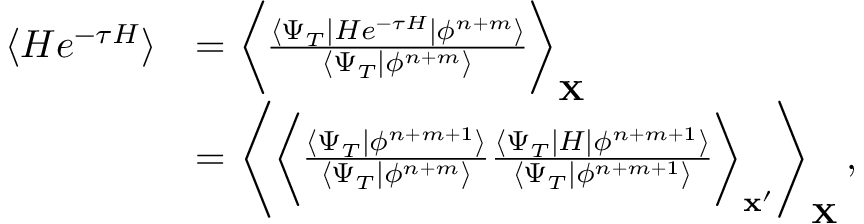
\begin{array} { r l } { \langle H e ^ { - \tau H } \rangle } & { = \biggl \langle \frac { \langle \Psi _ { T } | H e ^ { - \tau H } | \phi ^ { n + m } \rangle } { \langle \Psi _ { T } | \phi ^ { n + m } \rangle } \biggr \rangle _ { \mathbf X } } \\ & { = \Biggl \langle \biggl \langle \frac { \langle \Psi _ { T } | \phi ^ { n + m + 1 } \rangle } { \langle \Psi _ { T } | \phi ^ { n + m } \rangle } \frac { \langle \Psi _ { T } | H | \phi ^ { n + m + 1 } \rangle } { \langle \Psi _ { T } | \phi ^ { n + m + 1 } \rangle } \biggr \rangle _ { \mathbf x ^ { \prime } } \Biggr \rangle _ { \mathbf X } \, , } \end{array}